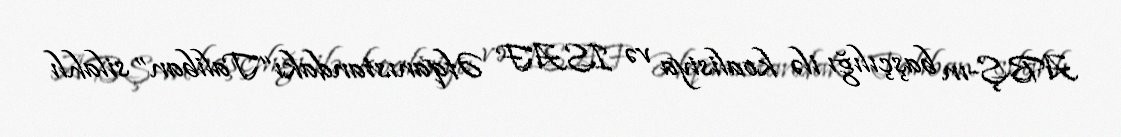
ABŞ-ın başçılığı ilə koalisiya və ISAF Əfqanıstandakı “Taliban” silahlı